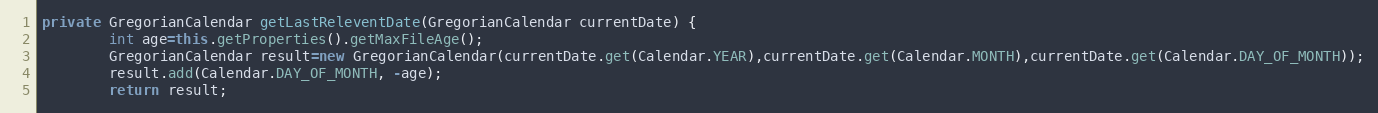
Language: Java
private GregorianCalendar getLastReleventDate(GregorianCalendar currentDate) {
		int age=this.getProperties().getMaxFileAge();
		GregorianCalendar result=new GregorianCalendar(currentDate.get(Calendar.YEAR),currentDate.get(Calendar.MONTH),currentDate.get(Calendar.DAY_OF_MONTH));
		result.add(Calendar.DAY_OF_MONTH, -age);
		return result;